Indian journal of veterinary science and animal husbandry - Volume 7,
Year: 1937
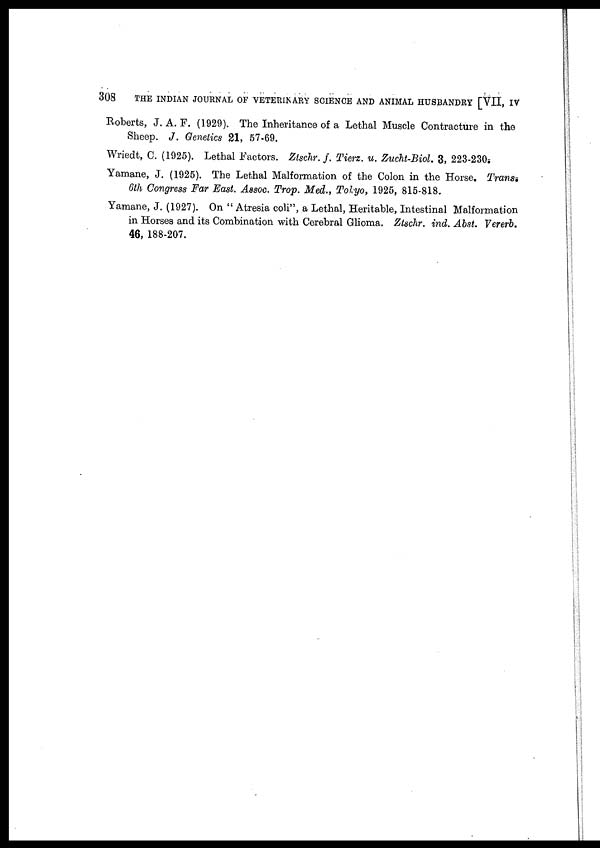
308
THE INDIAN JOURNAL OF VETERINARY SCIENCE AND ANIMAL HUSBANDRY [VII, IV
Roberts, J. A. F. (1929). The Inheritance of a Lethal Muscle Contracture in the
Sheep. J. Genetics 21, 57-69.
Wriedt, C. (1925). Lethal Factors. Ztschr. f. Tierz. u. Zucht-Biol. 3, 223-230.
Yamane, J. (1925). The Lethal Malformation of the Colon in the Horse. Trans.
6th Congress Far East. Assoc. Trop. Med., Tokyo, 1925, 815-818.
Yamane, J. (1927). On " Atresia coli", a Lethal, Heritable, Intestinal Malformation
in Horses and its Combination with Cerebral Glioma. Ztschr. ind. Abst. Vererb.
46, 188-207.